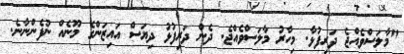
"މާލަސްވެއްޖެ ދަރިފުޅާ. މިހާރު މާލަސްވެއްޖެ. ދެން ދަރިފުޅު ދިޔަސް އައިޒަންގެ މޫނެއް ނުފެންނާނެ.